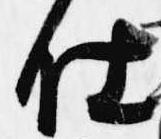
仕